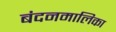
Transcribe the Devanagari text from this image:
बंदनमालिका